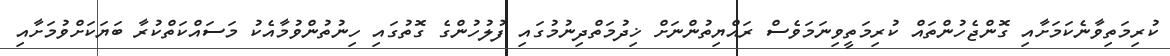
ކުރިމަތިވާނެކަމަށާއި ގޮންޖެހުންތައް ކުރިމަތީވިނަމަވެސް ރައްޔިތުންނަށް ޚިދުމަތްދިނުމުގައި ފުލުހުންގެ ގޮތުގައި ހިނުތުންވުމާއެކު މަސައްކަތްކުރާ ބަޔަކަށްވުމަށާއި